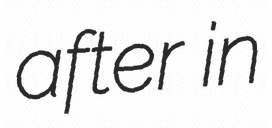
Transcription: after in